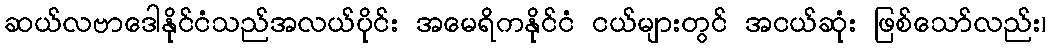
ဆယ်လဗာဒေါနိုင်ငံသည်အလယ်ပိုင်း အမေရိကနိုင်ငံ ငယ်များတွင် အငယ်ဆုံး ဖြစ်သော်လည်း၊